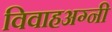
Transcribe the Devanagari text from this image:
विवाहअग्नी